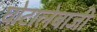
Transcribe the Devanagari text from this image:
घोटालेबाजी